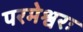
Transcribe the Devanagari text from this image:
परमेश्वरः